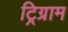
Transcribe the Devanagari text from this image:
ट्रिग्राम